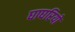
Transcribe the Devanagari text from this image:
घाघरियो